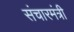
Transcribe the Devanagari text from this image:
संचारमंत्री